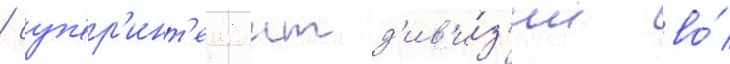
/ суп'ер'инт'ендант д'ив'и́з'ии во́